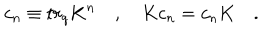
LaTeX: c _ { n } \equiv t r _ { q } K ^ { n } \quad , \quad K c _ { n } = c _ { n } K \quad .